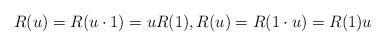
LaTeX: \begin{align*} R(u)=R(u\cdot 1) = uR(1), R(u)=R(1\cdot u) = R(1)u\end{align*}